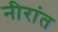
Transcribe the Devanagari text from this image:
नीरांत